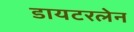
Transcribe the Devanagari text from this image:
डायटरलेन